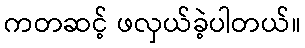
ကတဆင့် ဖလှယ်ခဲ့ပါတယ်။